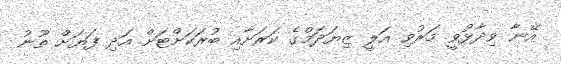
އޭނާ ވިދާޅުވީ މަރުވި އަލީ ޒިޔަދަމްގެ ކަރަށާއި ބުރަކަށްޓަށް އަދި ފަޔަށް ތޫނު